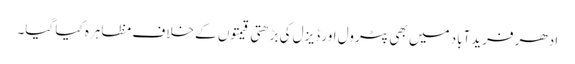
ادھر فریدآباد میں بھی پٹرول اور ڈیزل کی بڑھتی قیمتوں کے خلاف مظاہرہ کیا گیا۔